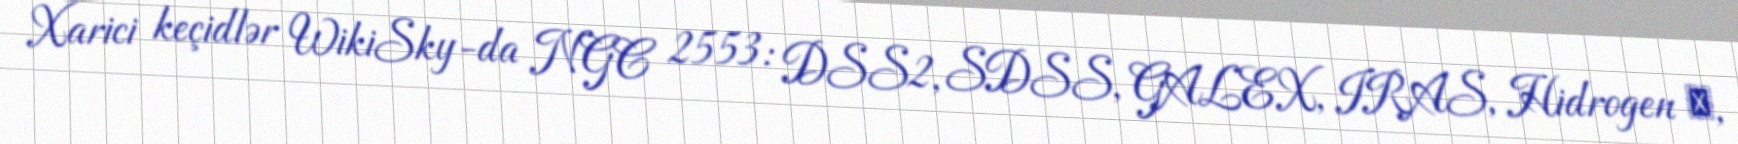
Xarici keçidlər WikiSky-da NGC 2553: DSS2, SDSS, GALEX, IRAS, Hidrogen α,